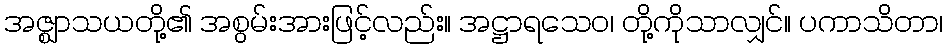
အဇ္ဈာသယတို့၏ အစွမ်းအားဖြင့်လည်း။ အဋ္ဌာရသေဝ၊ တို့ကိုသာလျှင်။ ပကာသိတာ၊